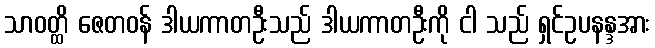
သာဝတ္ထိ ဇေတဝန် ဒါယကာတဦးသည် ဒါယကာတဦးကို ငါ သည် ရှင်ဥပနန္ဒအား